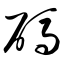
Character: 码